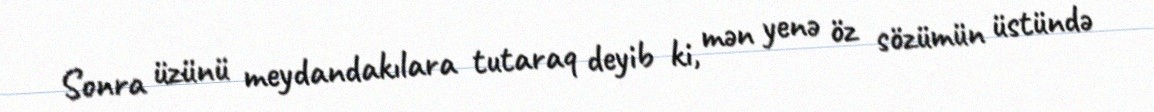
Sonra üzünü meydandakılara tutaraq deyib ki, mən yenə öz sözümün üstündə